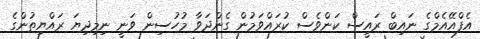
އެފްއޭއެމްގެ ނައިބް ރައީސް ކަންވެސް ކުރައްވަމުން ގެންދަވާ މުހުސިން ވަނީ ނިމިދިޔަ ރައްޔިތުންގެ